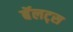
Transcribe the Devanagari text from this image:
बॅलट्स